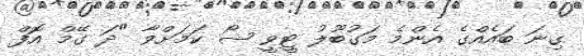
ގިނަ ބައެއްގެ އެންމެ މަގުބޫލު ޓީވީ ޝޯ ކަމަށްވާ "ދަ ގޭމް އޮފް